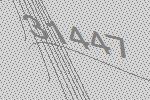
31447